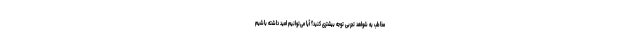
مخاطب به شواهد تجربی توجه بیشتری کنید؟ آیا می‌توانیم امید داشته باشیم